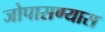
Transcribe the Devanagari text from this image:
जोपासण्यास